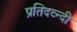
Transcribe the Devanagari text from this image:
प्रतिदव्न्दी